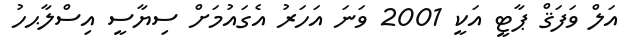
އަލް ވަފަޤް ޕާޓީ އަކީ 2001 ވަނަ އަހަރު އެގައުމަށް ސިޔާސީ އިސްލާޙހު